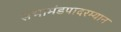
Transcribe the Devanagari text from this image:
सभामंडपादरम्यान